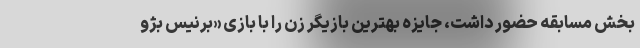
بخش مسابقه حضور داشت، جایزه بهترین بازیگر زن را با بازی «برنیس‌ بژو